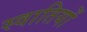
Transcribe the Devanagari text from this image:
स्वातियों